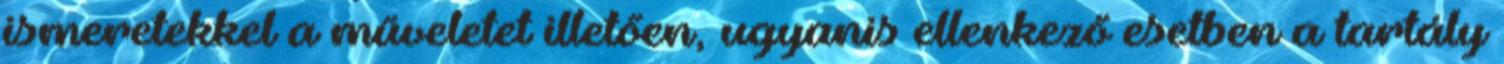
ismeretekkel a műveletet illetően, ugyanis ellenkező esetben a tartály